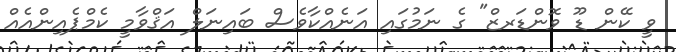
ވީ ކޭން ޑޫ ވޮންޑަރޒް" ގެ ނަމުގައި އަނެއްކާވެސް ބައިނަލް އަޤްވާމީ ކެމްޕެއިންއެއް